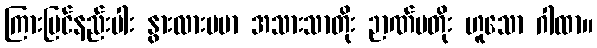
ကြားမြင်နည်းပါး နွားလားပမာ အသားသာတိုး ဉာဏ်မတိုး ဟူသော ဂါထာ။